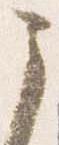
之